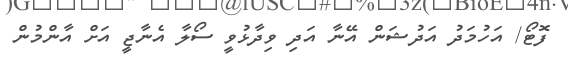
ފޮޓޯ/ އަހުމަދު އަދުޝަން އޭނާ އަދި ވިދާޅުވީ ސޯލާ އެނާޖީ އަށް އާންމުން